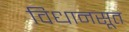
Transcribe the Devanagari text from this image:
विधानसूत